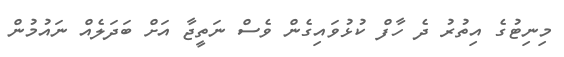
މިނިޓުގެ އިތުރު ދެ ހާފް ކުޅުވައިގެން ވެސް ނަތީޖާ އަށް ބަދަލެއް ނައުމުން